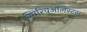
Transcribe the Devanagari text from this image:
स्पिरिचुअलिस्ट्स